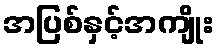
အပြစ်နှင့်အကျိုး